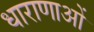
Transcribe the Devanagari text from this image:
धाराणाआें